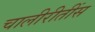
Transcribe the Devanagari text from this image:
चालीरीतींस